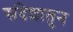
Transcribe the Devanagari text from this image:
संदेशातुन